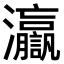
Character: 𤅗